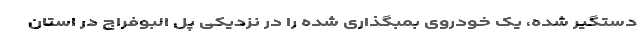
دستگیر شده، یک خودروی بمبگذاری شده را در نزدیکی پل البوفراج در استان